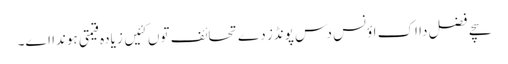
سچے فضل دا اِک اؤنس دس پونڈز دے تحائف توں کئیں زیادہ قیمتی ہوندا اے۔